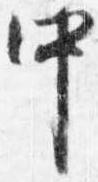
中